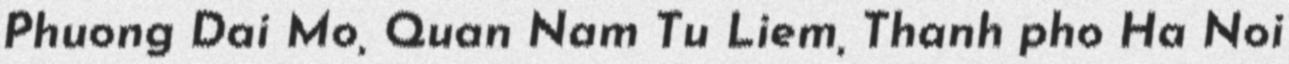
Phuong Dai Mo, Quan Nam Tu Liem, Thanh pho Ha Noi